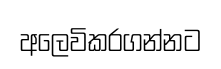
අලෙවිකරගන්නට